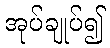
အုပ်ချုပ်၍